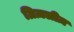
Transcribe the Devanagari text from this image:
ग्रिज़लीज़